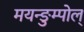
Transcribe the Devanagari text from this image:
मयन्ङुम्पोल्